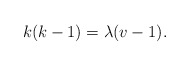
\begin{align*}k(k-1)=\lambda(v-1).\end{align*}